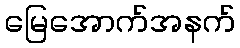
မြေအောက်အနက်